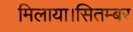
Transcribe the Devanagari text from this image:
मिलाया।सितम्बर